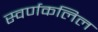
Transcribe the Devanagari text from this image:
स्वर्णकलिल